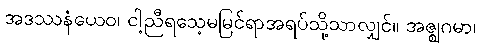
အဒဿနံယေဝ၊ ငါ့ညီရသေ့မမြင်ရာအရပ်သို့သာလျှင်။ အဇ္ဈဂမာ၊